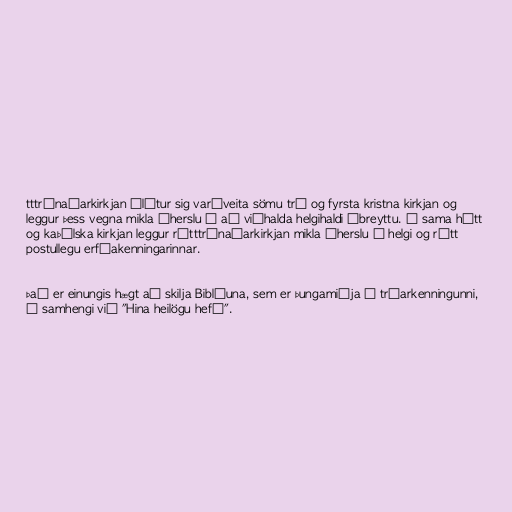
tttrúnaðarkirkjan álýtur sig varðveita sömu trú og fyrsta kristna kirkjan og
leggur þess vegna mikla áherslu á að viðhalda helgihaldi óbreyttu. Á sama hátt
og kaþólska kirkjan leggur rétttrúnaðarkirkjan mikla áherslu á helgi og rétt
postullegu erfðakenningarinnar.

Það er einungis hægt að skilja Biblíuna, sem er þungamiðja í trúarkenningunni,
í samhengi við "Hina heilögu hefð".